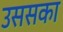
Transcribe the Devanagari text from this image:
उससका